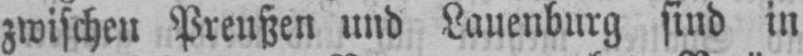
zwischen Preußen und Lauenburg sind in